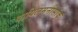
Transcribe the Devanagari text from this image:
बायिलमनीसांक